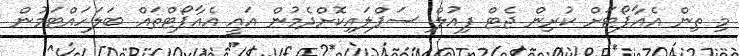
މި ތިން އެއާޕޯޓަށް ކުރިން ޖެޓް ފިއުލް ސަޕްލައިކޮށްދެމުން އައީ އެއާޕޯޓްތައް ބަލަހައްޓަމުން